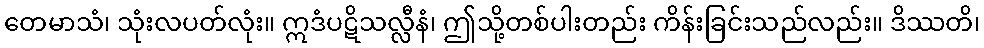
တေမာသံ၊ သုံးလပတ်လုံး။ ဣဒံပဋိသလ္လီနံ၊ ဤသို့တစ်ပါးတည်း ကိန်းခြင်းသည်လည်း။ ဒိဿတိ၊